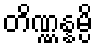
တိဏ္ဏန္နမ္ပိ